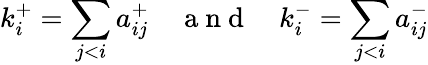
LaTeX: k_{i}^{+}=\sum_{j<i}a_{ij}^{+}\quad\mathrm{~a~n~d~}\quad k_{i}^{-}=\sum_{j<i}a_{ij}^{-}